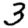
Digit: 3